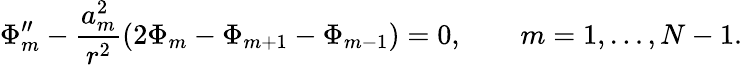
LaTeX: \Phi_{m}^{\prime\prime}-\frac{a_{m}^{2}}{r^{2}}\left(2\Phi_{m}-\Phi_{m+1}-\Phi_{m-1}\right)=0,\qquad m=1,\ldots,N-1.